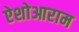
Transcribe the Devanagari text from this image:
ऐशोआराम